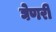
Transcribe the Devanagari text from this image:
घेणरी